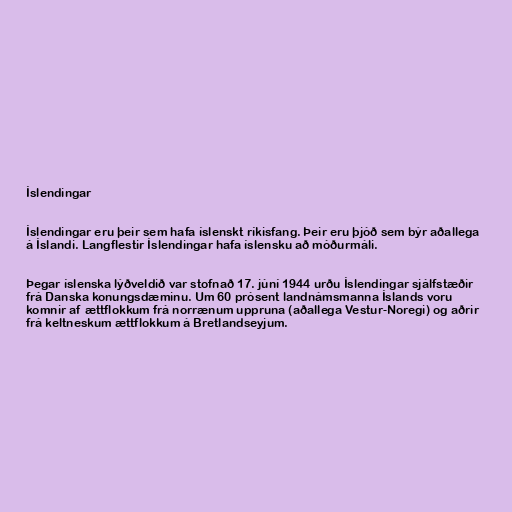
Íslendingar

Íslendingar eru þeir sem hafa íslenskt ríkisfang. Þeir eru þjóð sem býr aðallega
á Íslandi. Langflestir Íslendingar hafa íslensku að móðurmáli.

Þegar íslenska lýðveldið var stofnað 17. júní 1944 urðu Íslendingar sjálfstæðir
frá Danska konungsdæminu. Um 60 prósent landnámsmanna Íslands voru
komnir af ættflokkum frá norrænum uppruna (aðallega Vestur-Noregi) og aðrir
frá keltneskum ættflokkum á Bretlandseyjum.